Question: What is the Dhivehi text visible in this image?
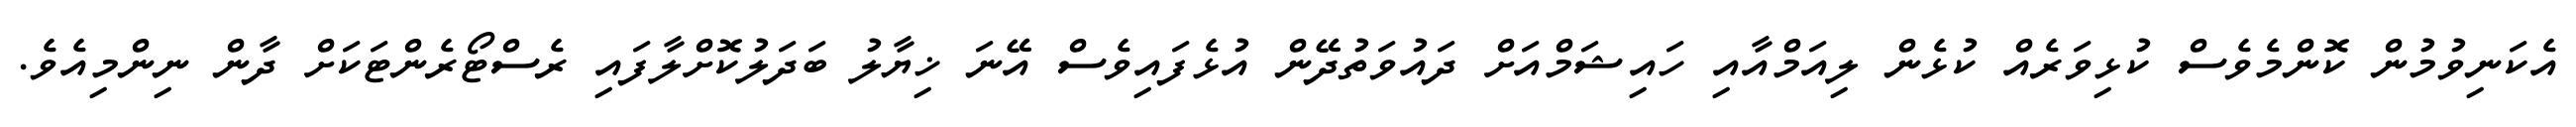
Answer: އެކަނިވުމުން ކޮންމެވެސް ކުޅިވަރެއް ކުޅެން ލިއަމްއާއި ހައިޝަމްއަށް ދައުވަތުދޭން އުޅެފައިވެސް އޭނަ ޚިޔާލު ބަދަލުކޮށްލާފައި ރެސްޓޯރެންޓަކަށް ދާން ނިންމިއެވެ.